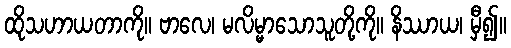
ထိုသဟာယတာကို။ ဗာလေ၊ မလိမ္မာသောသူတို့ကို။ နိဿာယ၊ မှီ၍။